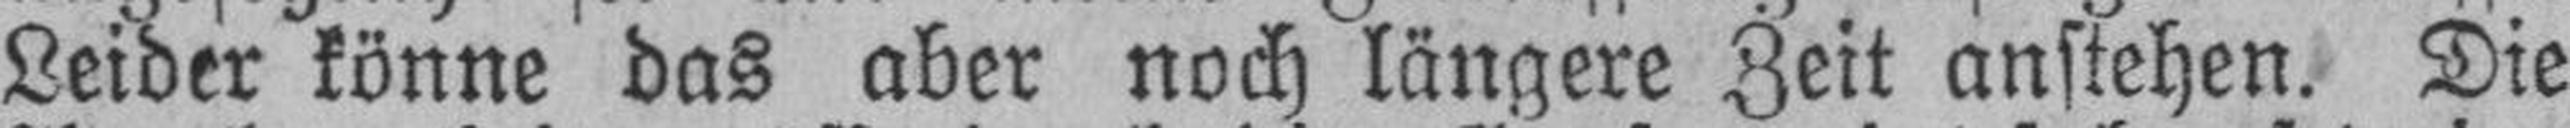
Leider könne das aber noch längere Zeit anstehen. Die